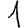
Digit: 1